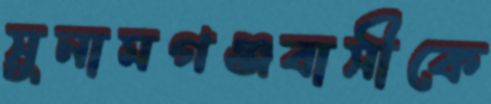
সুনামগঞ্জবাসীকে